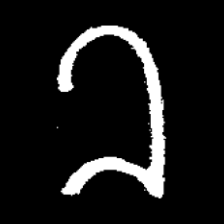
Pyu character \u2014 Myanmar letter: ခ (romanized: kha)